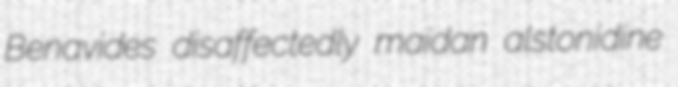
Benavides disaffectedly maidan alstonidine